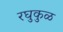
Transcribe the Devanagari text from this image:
रघुकुळ